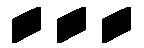
...